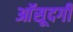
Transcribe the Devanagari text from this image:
आॅसूदगी